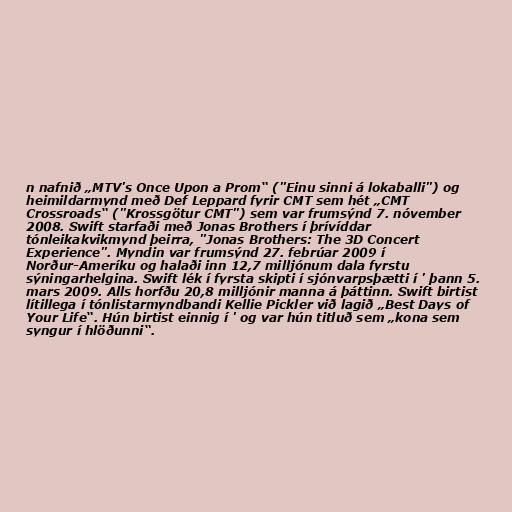
n nafnið „MTV's Once Upon a Prom“ ("Einu sinni á lokaballi") og
heimildarmynd með Def Leppard fyrir CMT sem hét „CMT
Crossroads“ ("Krossgötur CMT") sem var frumsýnd 7. nóvember
2008. Swift starfaði með Jonas Brothers í þrívíddar
tónleikakvikmynd þeirra, "Jonas Brothers: The 3D Concert
Experience". Myndin var frumsýnd 27. febrúar 2009 í
Norður-Ameríku og halaði inn 12,7 milljónum dala fyrstu
sýningarhelgina. Swift lék í fyrsta skipti í sjónvarpsþætti í ' þann 5.
mars 2009. Alls horfðu 20,8 milljónir manna á þáttinn. Swift birtist
lítillega í tónlistarmyndbandi Kellie Pickler við lagið „Best Days of
Your Life“. Hún birtist einnig í ' og var hún titluð sem „kona sem
syngur í hlöðunni“.